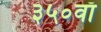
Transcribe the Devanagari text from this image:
३५०वाँ